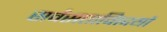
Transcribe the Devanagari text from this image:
सर्वसत्तावािदयों